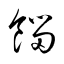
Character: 餾